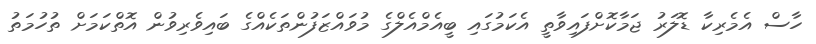
ހާސް އެމެރިކާ ޑޮލަރު ޖަމާކޮށްފައިވާތީ އެކަމުގައި ބީއެމްއެލްގެ މުވައްޒަފުންތަކެއްގެ ބައިވެރިވުން އޮތްކަމަށް ތުހުމަތު